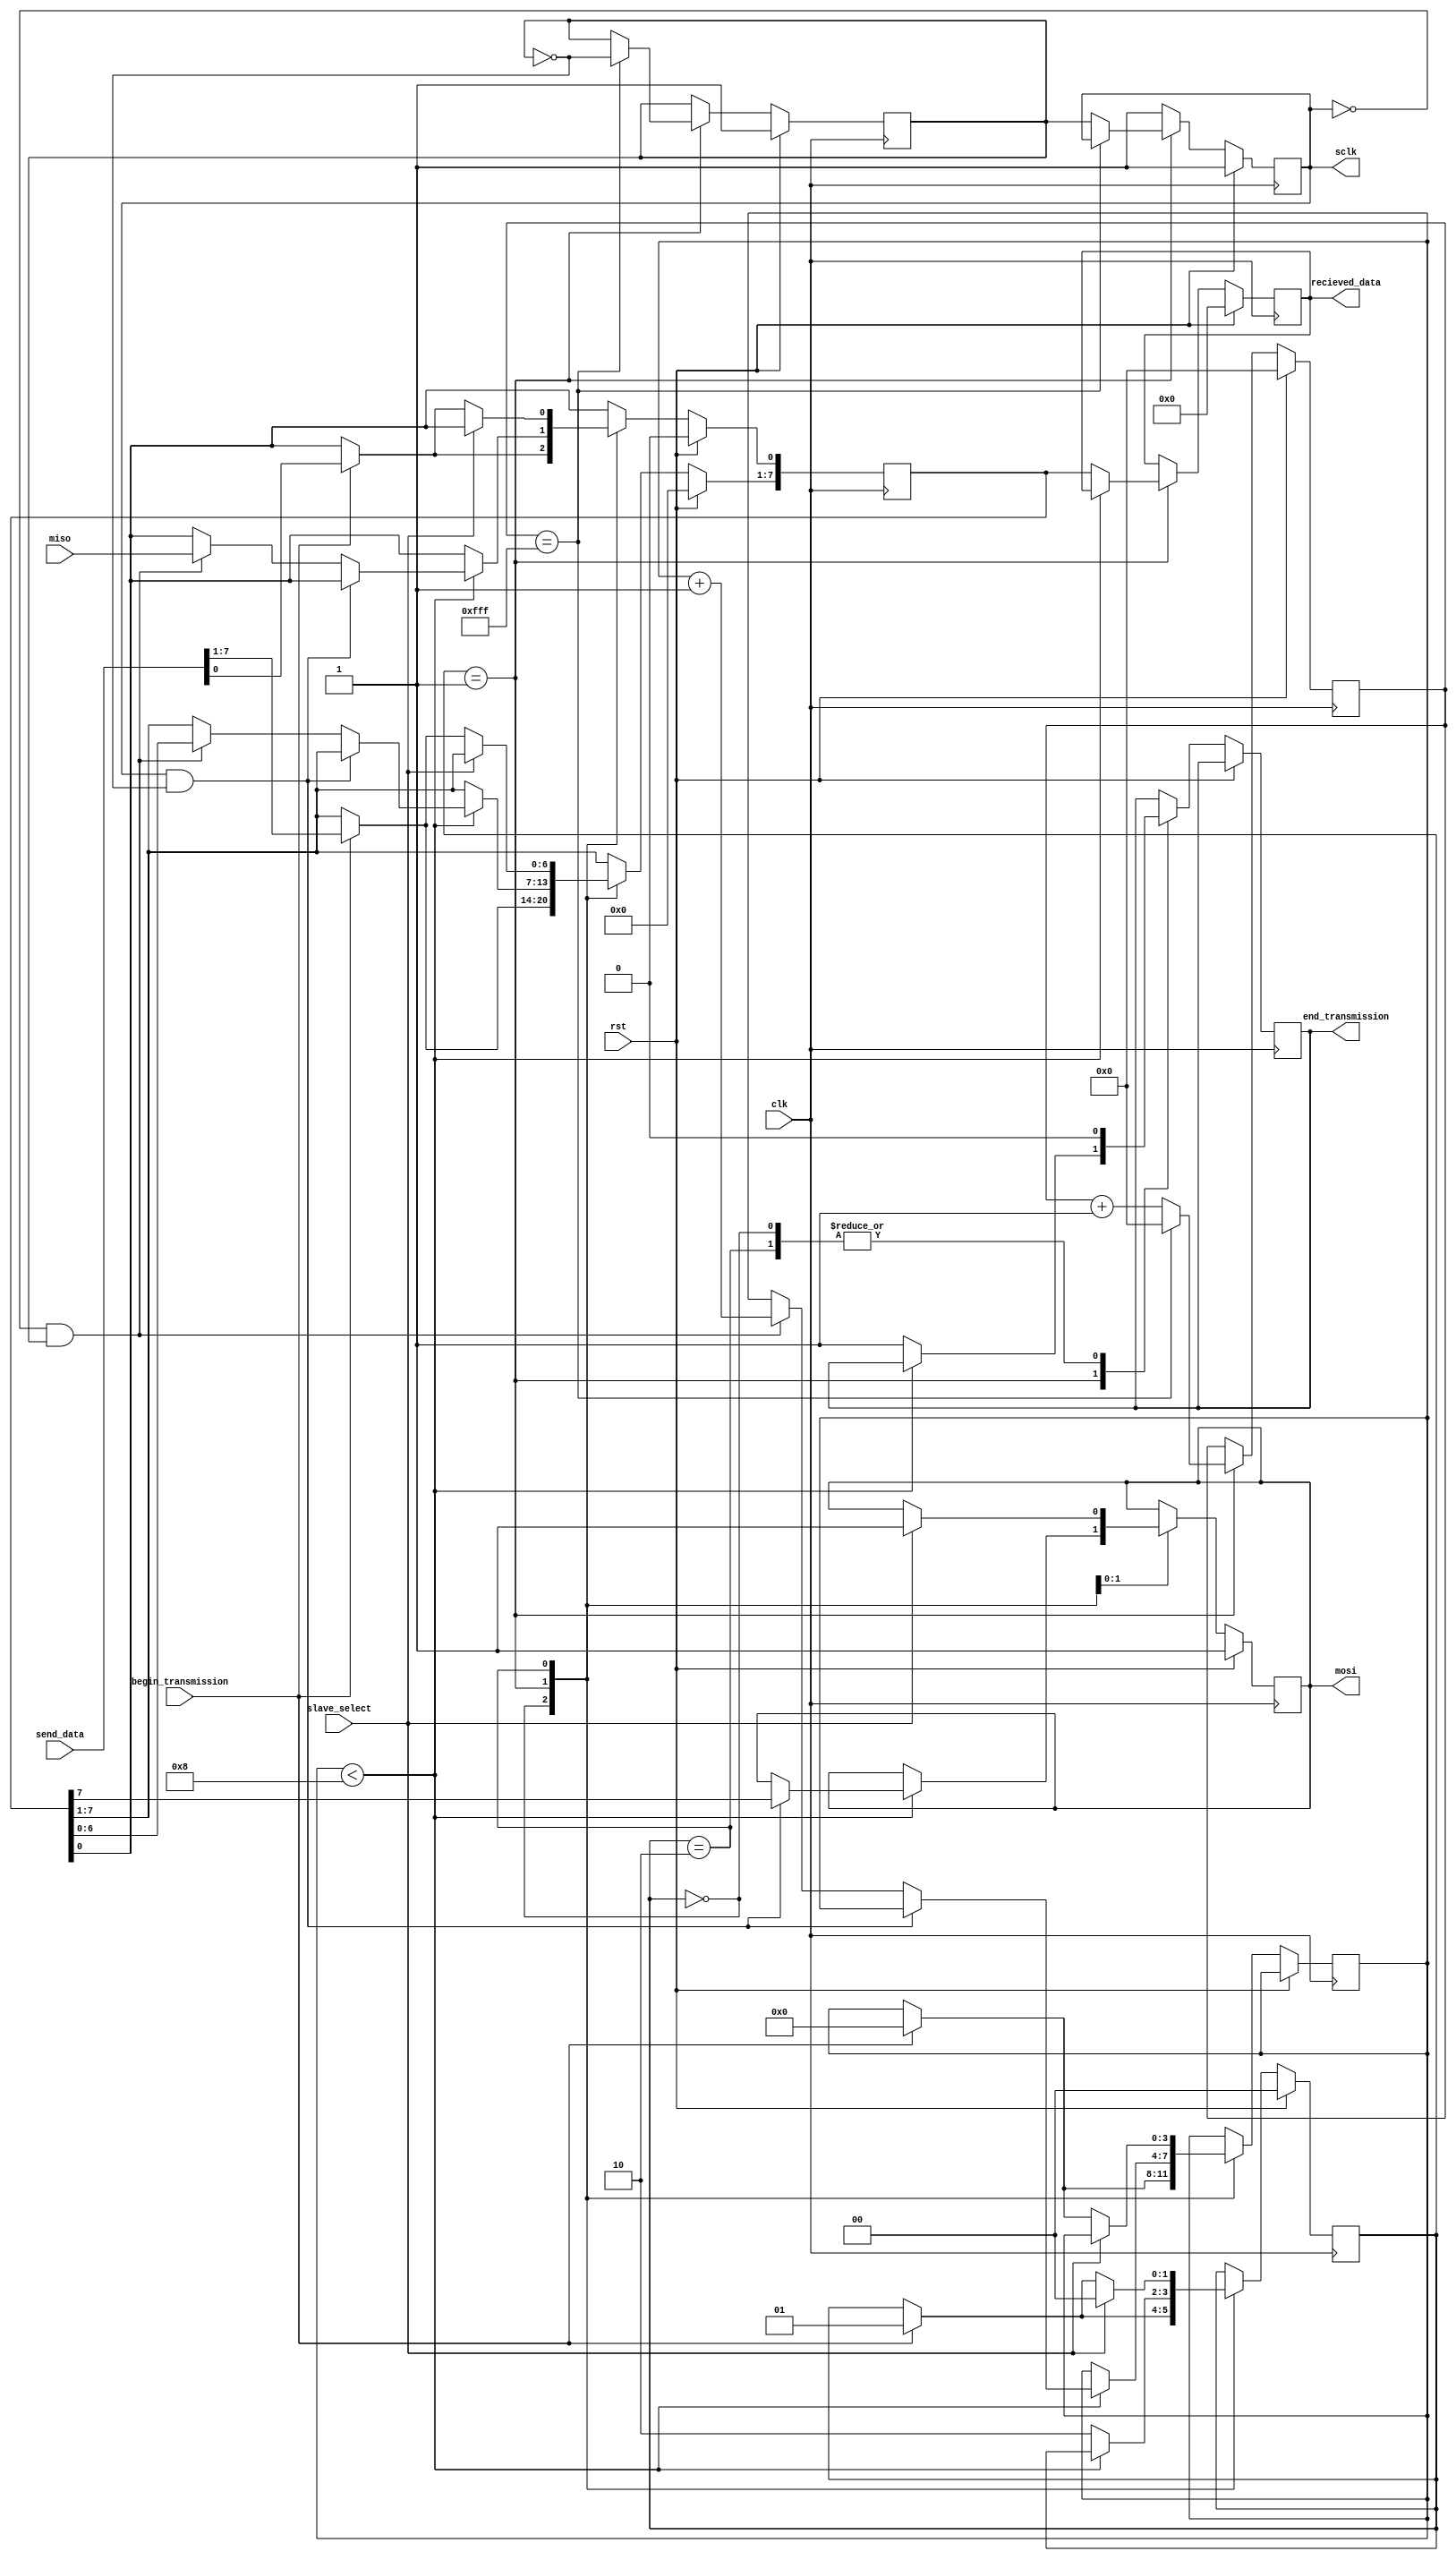
// SPI mode 3 is used.



// ==============================================================================
// 										  Define Module
// ==============================================================================
module spi_interface(
		send_data, 
		begin_transmission,
		slave_select,
		miso,
		clk,
		rst,
		recieved_data,
		end_transmission,
		mosi,
		sclk
);

// ==============================================================================
// 									   Port Declarations
// ==============================================================================
			input [7:0]      send_data;
			input            begin_transmission;
			input            slave_select;
			input            miso;
			input            clk;
			input            rst;
			output [7:0]     recieved_data;
			output           end_transmission;
			output           mosi;
			output           sclk;
   
// ==============================================================================
// 						     Parameters, Registers, and Wires
// ==============================================================================

			reg [7:0]        recieved_data;
			reg              end_transmission;
			reg              mosi;

			parameter [11:0] SPI_CLK_COUNT_MAX = 12'hFFF;
			reg [11:0]       spi_clk_count;
			
			reg              sclk_buffer;
			reg              sclk_previous;
			
			parameter [3:0]  RX_COUNT_MAX = 4'h8;
			reg [3:0]        rx_count;
			
			reg [7:0]        shift_register;
			
			parameter [1:0]  RxTxTYPE_idle = 0,
								  RxTxTYPE_rx_tx = 1,
								  RxTxTYPE_hold = 2;
			reg [1:0]        RxTxSTATE;
   
// ==============================================================================
// 										Implementation
// ==============================================================================

			//---------------------------------------------------
			// 							  FSM
			//---------------------------------------------------
			always @(posedge clk)
			begin: tx_rx_process
				
				begin
					if (rst == 1'b1)
					begin
						mosi <= 1'b1;
						RxTxSTATE <= RxTxTYPE_idle;
						recieved_data <= {8{1'b0}};
						shift_register <= {8{1'b0}};
					end
					else
						case (RxTxSTATE)

						   // idle
							RxTxTYPE_idle :
								begin
									end_transmission <= 1'b0;
									if (begin_transmission == 1'b1)
									begin
										RxTxSTATE <= RxTxTYPE_rx_tx;
										rx_count <= {4{1'b0}};
										shift_register <= send_data;
									end
								end

						   // rx_tx
							RxTxTYPE_rx_tx :
								//send bit
								if (rx_count < RX_COUNT_MAX)
								begin
									if (sclk_previous == 1'b1 & sclk_buffer == 1'b0)
										mosi <= shift_register[7];
									//recieve bit
									else if (sclk_previous == 1'b0 & sclk_buffer == 1'b1)
									begin
										shift_register[7:1] <= shift_register[6:0];
										shift_register[0] <= miso;
										rx_count <= rx_count + 1'b1;
									end
								end
								else
								begin
									RxTxSTATE <= RxTxTYPE_hold;
									end_transmission <= 1'b1;
									recieved_data <= shift_register;
								end

						   // hold
							RxTxTYPE_hold :
								begin
									end_transmission <= 1'b0;
									if (slave_select == 1'b1)
									begin
										mosi <= 1'b1;
										RxTxSTATE <= RxTxTYPE_idle;
									end
									else if (begin_transmission == 1'b1)
									begin
										RxTxSTATE <= RxTxTYPE_rx_tx;
										rx_count <= {4{1'b0}};
										shift_register <= send_data;
									end
								end
						endcase
				end
			end
			
			
			//---------------------------------------------------
			// 						Serial Clock
			//---------------------------------------------------
			always @(posedge clk)
			begin: spi_clk_generation
				
				begin
					if (rst == 1'b1)
					begin
						sclk_previous <= 1'b1;
						sclk_buffer <= 1'b1;
						spi_clk_count <= {12{1'b0}};
					end
					
					else if (RxTxSTATE == RxTxTYPE_rx_tx)
					begin
						if (spi_clk_count == SPI_CLK_COUNT_MAX)
						begin
							sclk_buffer <= (~sclk_buffer);
							spi_clk_count <= {12{1'b0}};
						end
						else
						begin
							sclk_previous <= sclk_buffer;
							spi_clk_count <= spi_clk_count + 1'b1;
						end
					end
					else
						sclk_previous <= 1'b1;
				end
			end
			
			// Assign serial clock output
			assign sclk = sclk_previous;
   
endmodule